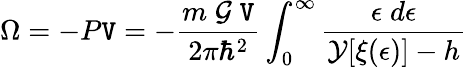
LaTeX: \Omega=-P\mathtt{V}=-\frac{{m\; {\cal{G}}\; \mathtt{V}}}{{2\pi{\hbar}^{2}}}\int_{0}^{\infty}\frac{{\epsilon\; d\epsilon}}{{{\cal{Y}}[\xi(\epsilon)]-h}}